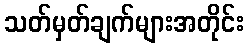
သတ်မှတ်ချက်များအတိုင်း